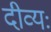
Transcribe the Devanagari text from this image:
दीव्यः